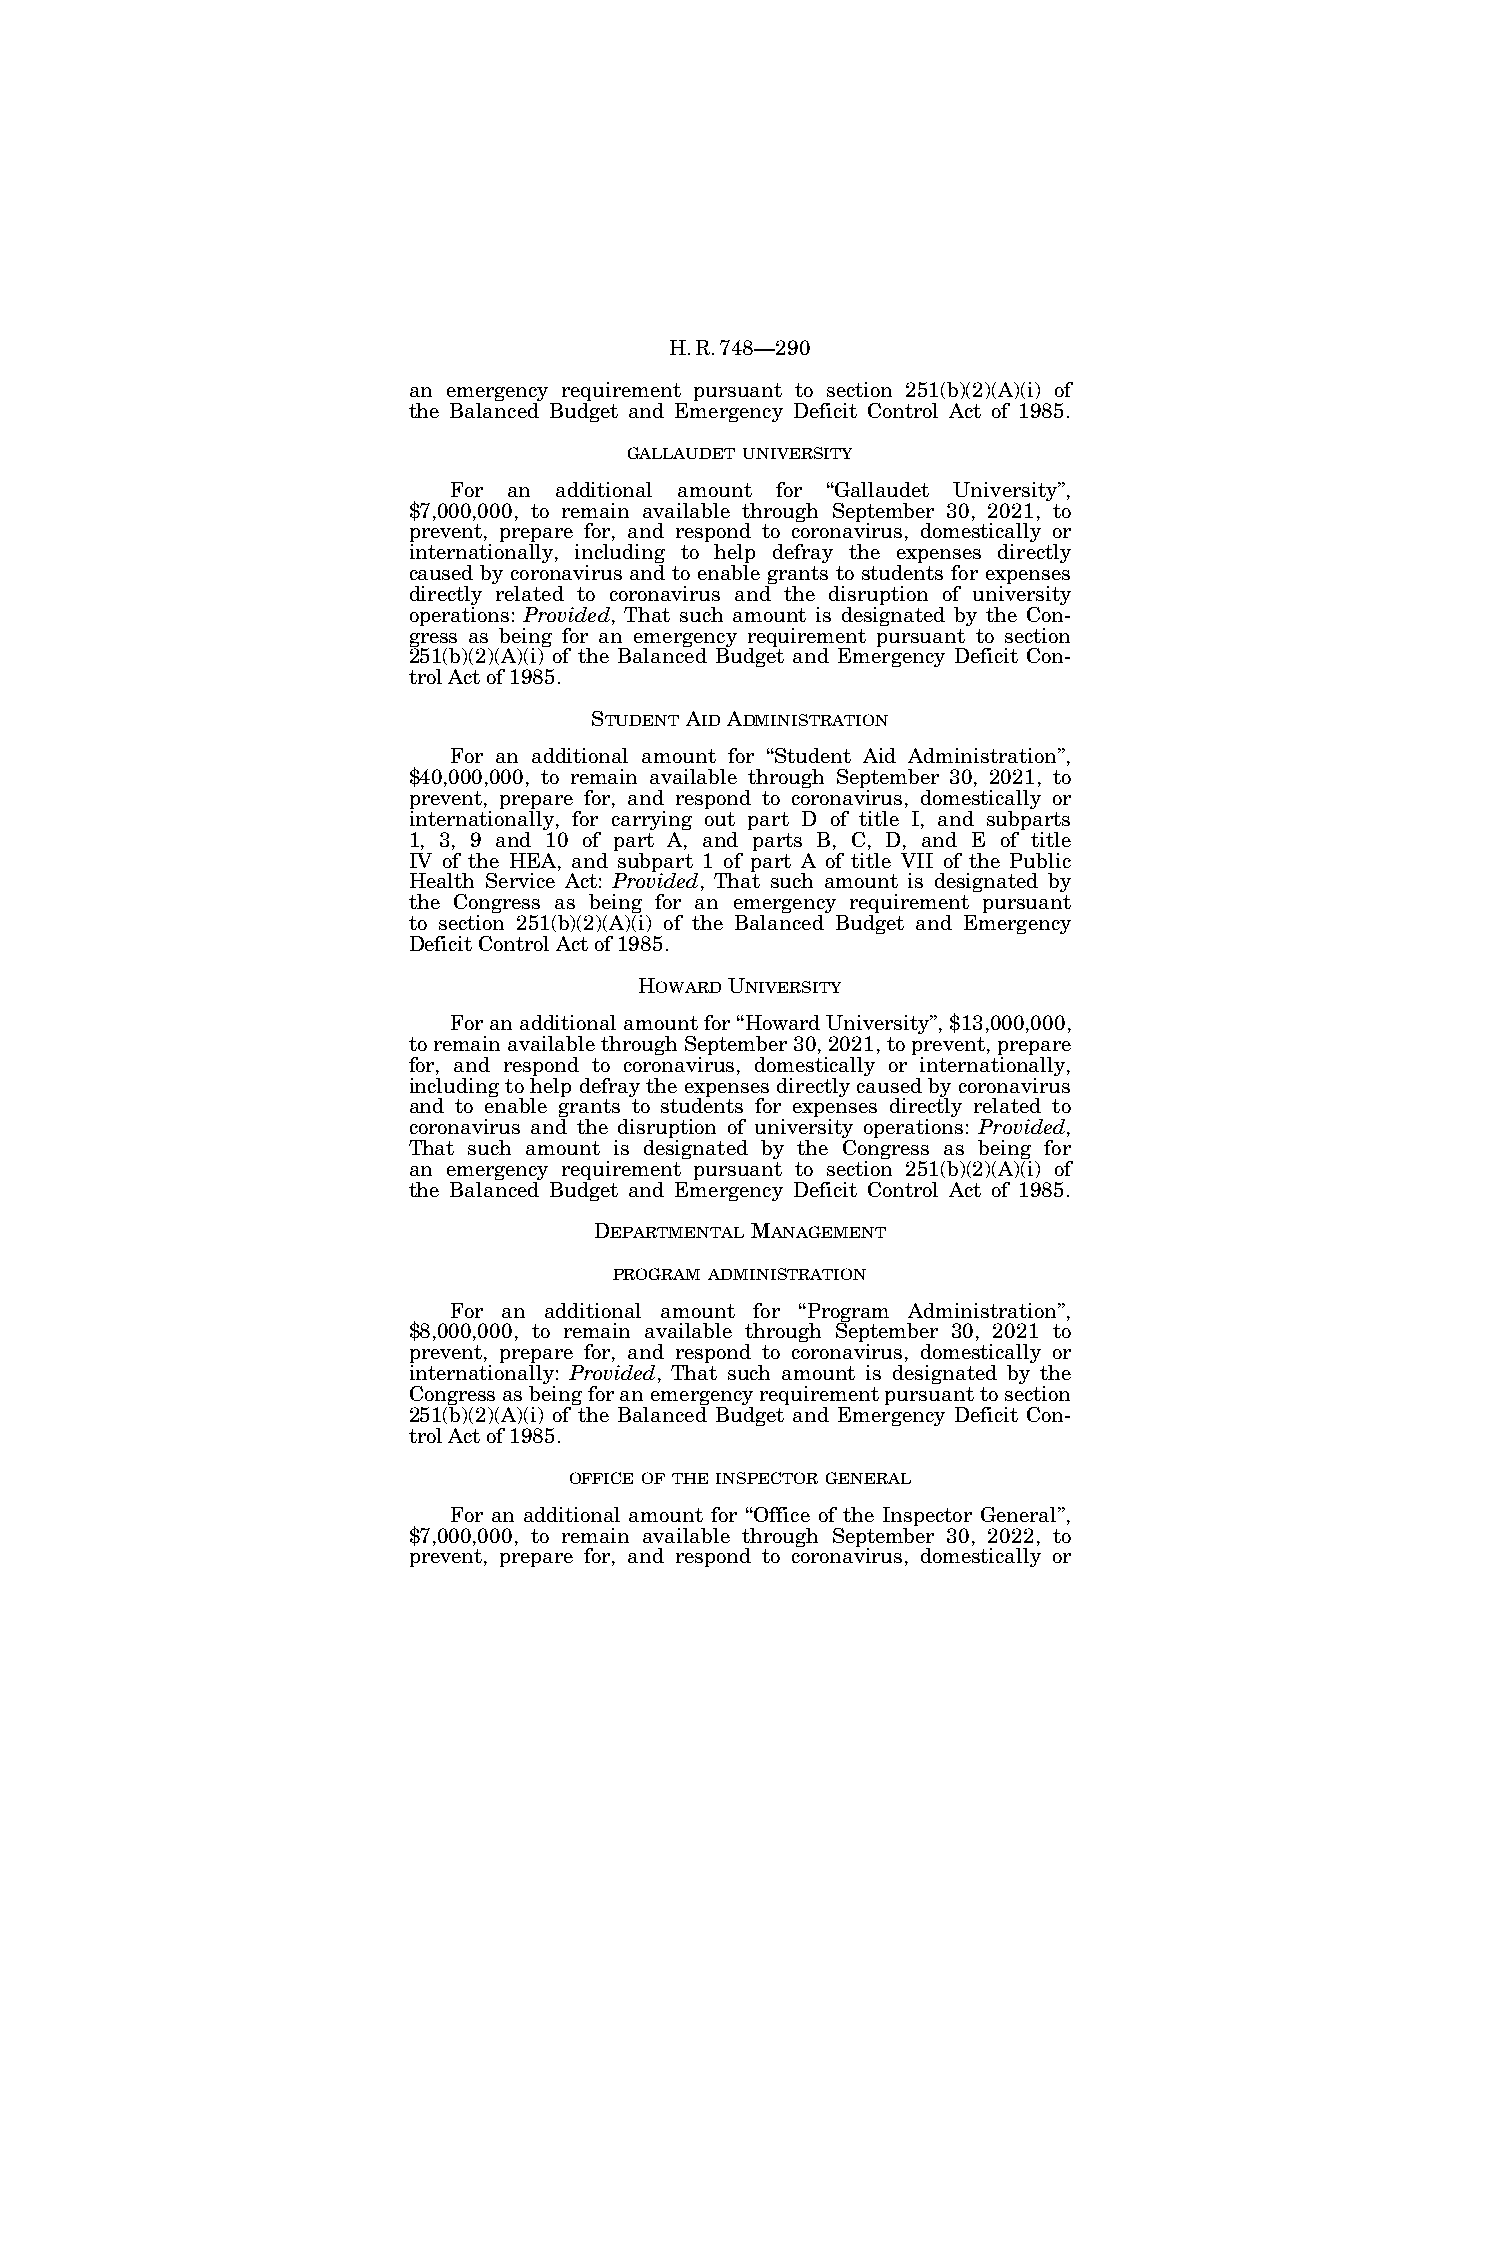
H.R.748—290
 an emergency requirement pursuant to section 251(b)(2)(A)(i) of
 the Balanced Budget and Emergency Deficit Control Act of 1985.
 GALLAUDET UNIVERSITY
 For an additional amount for ‘‘Gallaudet University’’,
 $7,000,000, to remain available through September 30, 2021, to
 prevent, prepare for, and respond to coronavirus, domestically or
 internationally, including to help defray the expenses directly
 caused by coronavirus and to enable grants to students for expenses
 directly related to coronavirus and the disruption of university
 operations: Provided, That such amount is designated by the Con-
 gress as being for an emergency requirement pursuant to section
 251(b)(2)(A)(i) of the Balanced Budget and Emergency Deficit Con-
 trol Act of 1985.
 STUDENT AID ADMINISTRATION
 For an additional amount for ‘‘Student Aid Administration’’,
 $40,000,000, to remain available through September 30, 2021, to
 prevent, prepare for, and respond to coronavirus, domestically or
 internationally, for carrying out part D of title I, and subparts
 1, 3, 9 and 10 of part A, and parts B, C, D, and E of title
 IV of the HEA, and subpart 1 of part A of title VII of the Public
 Health Service Act: Provided, That such amount is designated by
 the Congress as being for an emergency requirement pursuant
 to section 251(b)(2)(A)(i) of the Balanced Budget and Emergency
 Deficit Control Act of 1985.
 HOWARD UNIVERSITY
 For an additional amount for ‘‘Howard University’’, $13,000,000,
 to remain available through September 30, 2021, to prevent, prepare
 for, and respond to coronavirus, domestically or internationally,
 including to help defray the expenses directly caused by coronavirus
 and to enable grants to students for expenses directly related to
 coronavirus and the disruption of university operations: Provided,
 That such amount is designated by the Congress as being for
 an emergency requirement pursuant to section 251(b)(2)(A)(i) of
 the Balanced Budget and Emergency Deficit Control Act of 1985.
 DEPARTMENTAL MANAGEMENT
 PROGRAM ADMINISTRATION
 For an additional amount for ‘‘Program Administration’’,
 $8,000,000, to remain available through September 30, 2021 to
 prevent, prepare for, and respond to coronavirus, domestically or
 internationally: Provided, That such amount is designated by the
 Congress as being for an emergency requirement pursuant to section
 251(b)(2)(A)(i) of the Balanced Budget and Emergency Deficit Con-
 trol Act of 1985.
 OFFICE OF THE INSPECTOR GENERAL
 For an additional amount for ‘‘Office of the Inspector General’’,
 $7,000,000, to remain available through September 30, 2022, to
 prevent, prepare for, and respond to coronavirus, domestically or